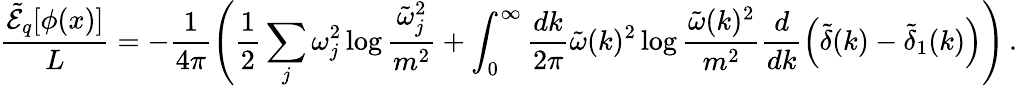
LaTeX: \frac{\tilde{\cal E}_{q}[\phi(x)]}{L}=-\frac{1}{4\pi}\left(\frac{1}{2}\sum_{j}\omega_{j}^{2}\log\frac{\tilde{\omega}_{j}^{2}}{m^{2}}+\int_{0}^{\infty}\frac{dk}{2\pi}\tilde{\omega}(k)^{2}\log\frac{\tilde{\omega}(k)^{2}}{m^{2}}\frac{d}{dk}\left(\tilde{\delta}(k)-\tilde{\delta}_{1}(k)\right)\right)\, .